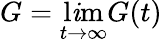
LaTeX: G=\operatorname*{l\mathit{i}m}_{t\to\infty}G(t)